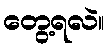
တွေ့ရလဲ။